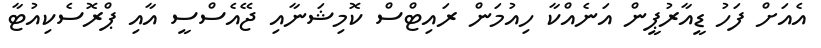
އެއަށް ފަހު ޑީއާރުޕީން އަނެއްކާ ހިއުމަން ރައިޓްސް ކޮމިޝަނާއި ޖޭއެސްސީ އާއި ޕްރޮސެކިއުޓާ